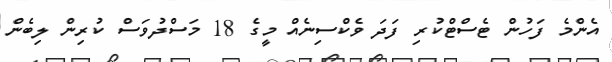
އެންމެ ފަހުން ޓެސްޓްކުރި ފަދަ ވެކްސިނެއް މީގެ 18 މަސްދުވަސް ކުރިން ލިބެން